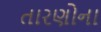
તારણોના